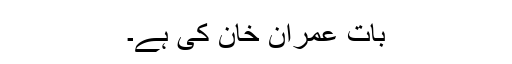
بات عمران خان کی ہے۔